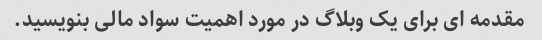
مقدمه ای برای یک وبلاگ در مورد اهمیت سواد مالی بنویسید.